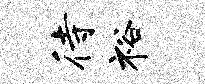
待裕